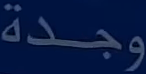
وجدة